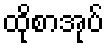
ထိုစာအုပ်